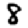
Digit: 8